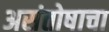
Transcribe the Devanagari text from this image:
असंतोषाचा